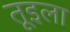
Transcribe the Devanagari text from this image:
तूइला